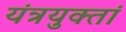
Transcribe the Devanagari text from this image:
यंत्रयुक्तां